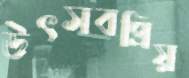
উৎসবপ্রিয়